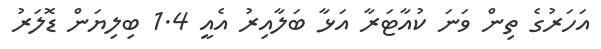
އަހަރުގެ ތިން ވަނަ ކުއާޓަރާ އަޅާ ބަލާއިރު އެއީ 1.4 ބިލިޔަން ޑޮލަރު